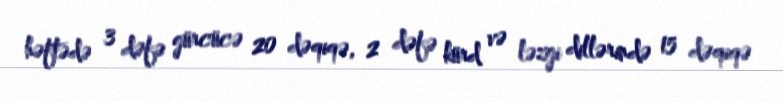
həftədə 3 dəfə gürcücə 20 dəqiqə, 2 dəfə kürd və ləzgi dillərində 15 dəqiqə